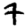
Digit: 7